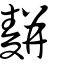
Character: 䴵